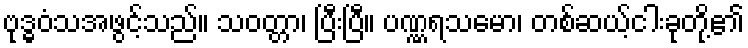
ဗုဒ္ဓဝံသအဖွင့်သည်။ သဝတ္တာ၊ ပြီးပြီ။ ပဏ္ဏရသမော၊ တစ်ဆယ့်ငါးခုတို့၏